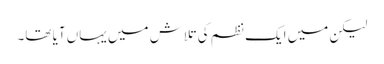
لیکن میں ایک نظم کی تلاش میں یہاں آیا تھا۔